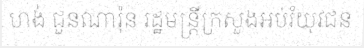
ហង់ ជួនណារ៉ុន រដ្ឋមន្ត្រីក្រសួងអប់រំយុវជន